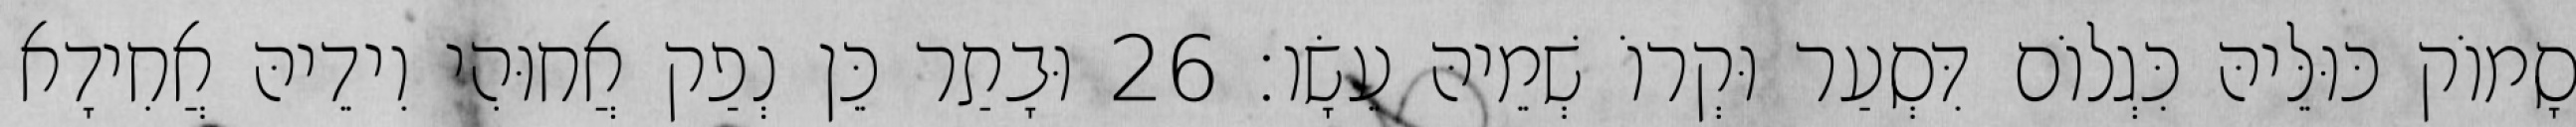
סָמוֹק כּוּלֵּיהּ כִּגְלוֹם דִּסְעַר וּקְרוֹ שְׁמֵיהּ עֵשָׂו׃ 26 וּבָתַר כֵּן נְפַק אֲחוּהִי וִידֵיהּ אֲחִידָא